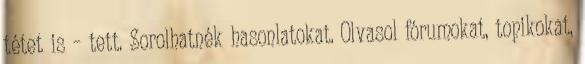
tétet is – tett. Sorolhatnék hasonlatokat. Olvasol fórumokat, topikokat,